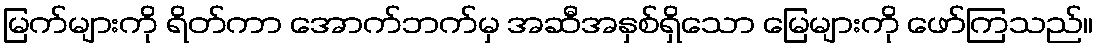
မြက်များကို ရိတ်ကာ အောက်ဘက်မှ အဆီအနှစ်ရှိသော မြေများကို ဖော်ကြသည်။